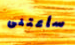
سأعتنى